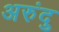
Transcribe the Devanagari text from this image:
अरुंदु